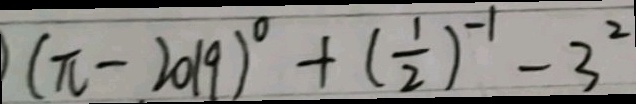
( \pi - 2 0 1 9 ) ^ { \circ } + ( \frac { 1 } { 2 } ) ^ { - 1 } - 3 ^ { 2 }